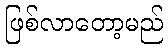
ဖြစ်လာတော့မည်